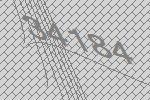
34184